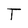
Character: T